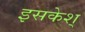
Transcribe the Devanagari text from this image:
इसकेश्